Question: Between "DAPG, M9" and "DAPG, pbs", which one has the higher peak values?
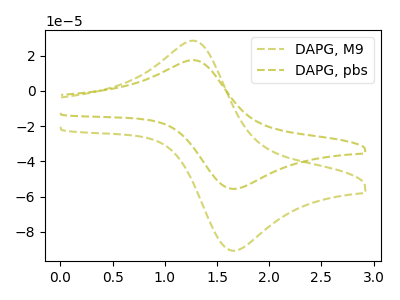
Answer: <think>The olive dashed curve "DAPG, M9" has an anodic peak at (1.25V, 28.50uA) and a cathodic peak at (1.70V, -90.65uA). The olive dashed curve "DAPG, pbs" has an anodic peak at (1.25V, 17.50uA) and a cathodic peak at (1.70V, -55.60uA).</think>
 <answer>Every peak in "DAPG, M9" is higher than every peak in "DAPG, pbs".</answer>
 <eval>higher</eval>